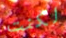
لكنت